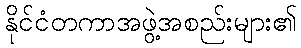
နိုင်ငံတကာအဖွဲ့အစည်းများ၏